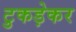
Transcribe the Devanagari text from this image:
टुकड़ेकर